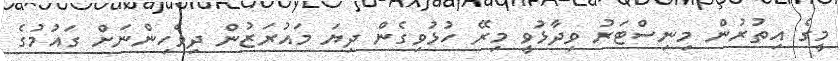
މީގެ އިތުރުން މިނިސްޓަރު ވިދާޅުވީ މިރޭ ހުޅުވިގެން ދިޔަ މައުރަޒުން ދިވެހިންނަށް ގައުމުގެ